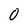
Character: 0